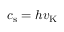
c _ { \mathrm { s } } = h v _ { \mathrm { K } }